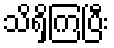
သိရှိကြပြီး